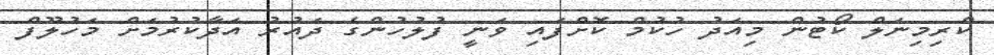
ކްރިމިނަލް ކޯޓުން މިއަދު ހުކުމް ކޮށްފައި ވަނީ ފުލުހުންގެ ދައުރު އަދާކުރުމަށް މަހުލޫފް